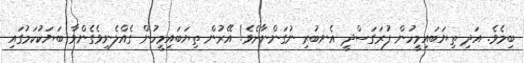
ބިމެވެ. އަދި ތިޔަބައިމީހުން ފުރަގަސްދީ އެނބުރި ނުގަންނާށެވެ! އޭރުން ތިޔަބައިމީހުން ގެއްލެނިވެގެންވާ ބަޔަކުކަމުގައި